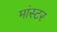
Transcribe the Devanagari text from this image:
मांस्टर